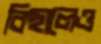
বিছালেও